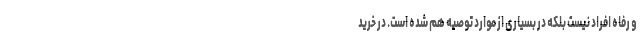
و رفاه افراد نیست بلکه در بسیاری از موارد توصیه هم شده است. در خرید